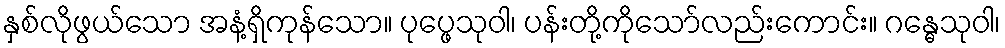
နှစ်လိုဖွယ်သော အနံ့ရှိကုန်သော။ ပုပ္ဖေသုဝါ၊ ပန်းတို့ကိုသော်လည်းကောင်း။ ဂန္ဓေသုဝါ၊